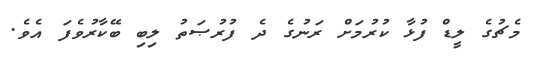
މެޗުގެ ލީޑް ފުޅާ ކުރުމަށް ރަނުގެ ދެ ފުރުޞަތު ލިބި ބޭކާރުވެފަ އެވެ.